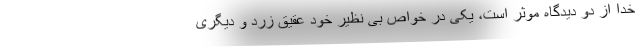
خدا از دو دیدگاه موثر است، یکی در خواص بی نظیر خود عقیق زرد و دیگری